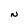
Character: N